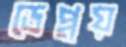
ডেপ্লয়